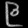
Digit: ၉